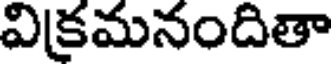
విక్రమనందితా